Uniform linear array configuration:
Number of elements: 8
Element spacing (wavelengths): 1
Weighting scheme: hamming
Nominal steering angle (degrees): -15
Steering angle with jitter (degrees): -14.982
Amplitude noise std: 0.05
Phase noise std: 0.05

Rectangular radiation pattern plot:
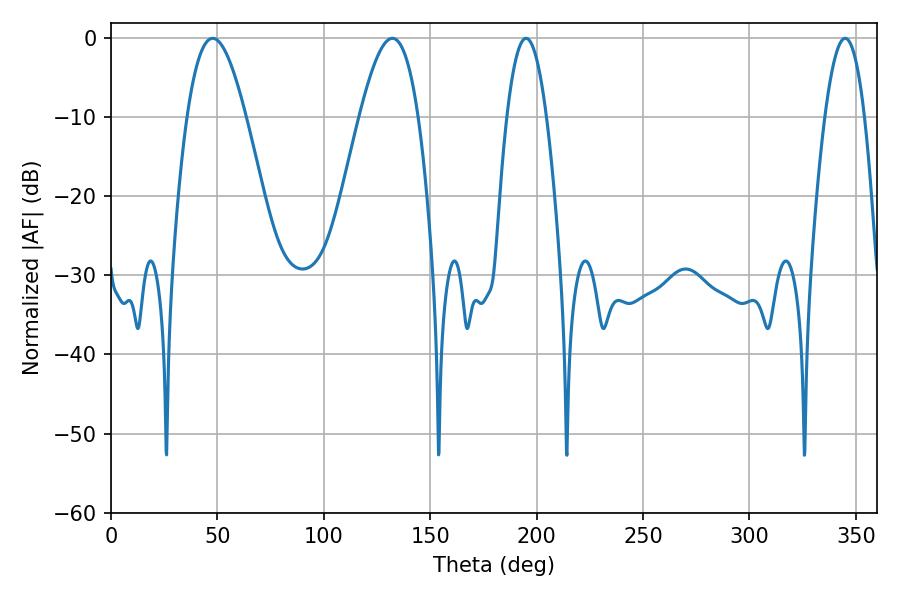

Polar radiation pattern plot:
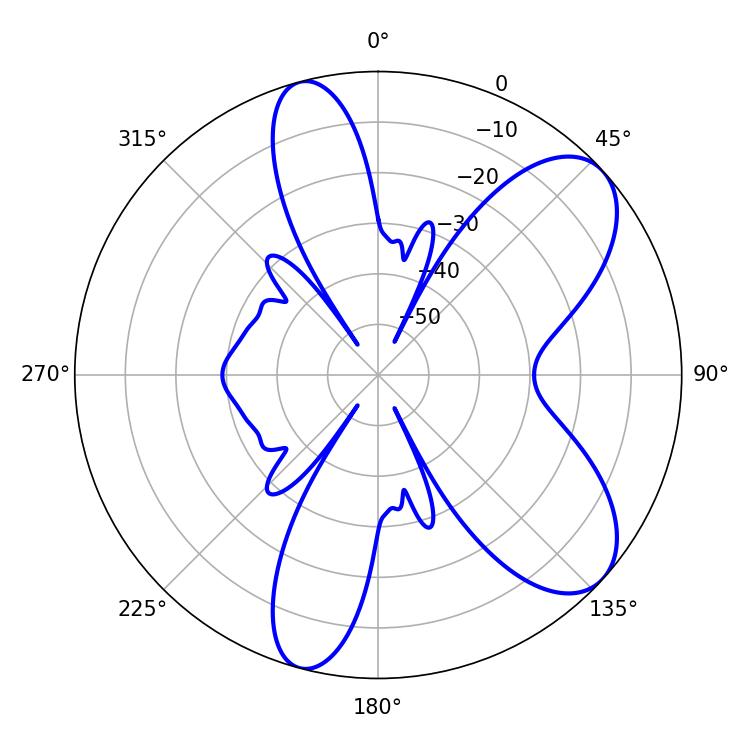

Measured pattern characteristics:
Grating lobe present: TRUE
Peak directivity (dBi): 7.896
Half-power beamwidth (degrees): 14.94
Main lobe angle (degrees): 47.7